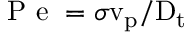
\mathrm { \mathrm { ~ P ~ e ~ } } = \sigma \mathrm { v } _ { \mathrm { p } } / \mathrm { D } _ { \mathrm { t } }